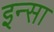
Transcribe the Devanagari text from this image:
इन्सा